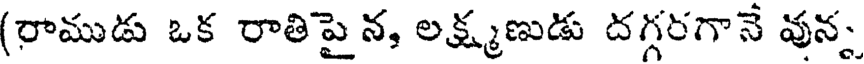
(రాముడు ఒక రాతిపైన, లక్ష్మణుడు దగ్గరగానే వున్న